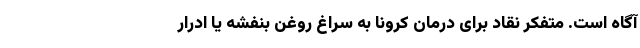
آگاه است. متفکر نقاد برای درمان کرونا به سراغ روغن بنفشه یا ادرار